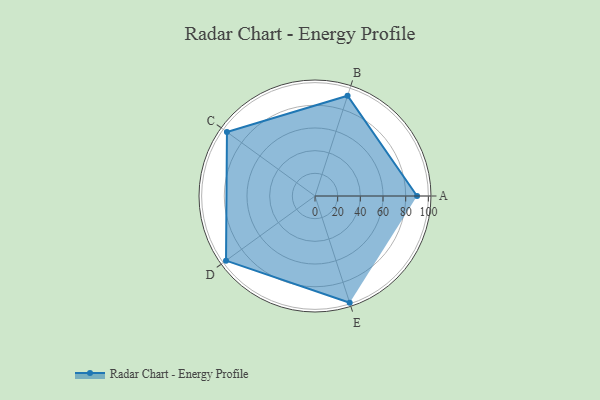
{"axis": {"x": "Skill", "y": "Score"}, "legend": ["Profile"], "data": [{"x": "A", "y": 90.0, "type": "Profile"}, {"x": "B", "y": 93.0, "type": "Profile"}, {"x": "C", "y": 96.0, "type": "Profile"}, {"x": "D", "y": 97.0, "type": "Profile"}, {"x": "E", "y": 99, "type": "Profile"}]}